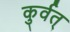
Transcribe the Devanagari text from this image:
कुर्वत्